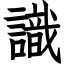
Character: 識